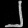
Digit: ၂